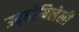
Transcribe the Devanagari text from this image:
उद्‌घोषिलेली